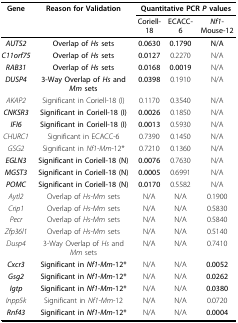
<table><thead><tr><td><b>Gene</b></td><td><b>Reason for Validation</b></td><td colspan="3"><b>Quantitative PCR <i>P </i>values</b></td></tr><tr><td></td><td></td><td><b>Coriell-18</b></td><td><b>ECACC-6</b></td><td><b><i>Nf1</i>-Mouse-12</b></td></tr></thead><tbody><tr><td><b><i>AUTS2</i></b></td><td><b>Overlap of <i>Hs </i>sets</b></td><td><b>0.0630</b></td><td><b>0.1790</b></td><td><b>N/A</b></td></tr><tr><td><b><i>C11orf75</i></b></td><td><b>Overlap of <i>Hs </i>sets</b></td><td><b>0.0127</b></td><td>0.2270</td><td>N/A</td></tr><tr><td><b><i>RAB31</i></b></td><td><b>Overlap of <i>Hs </i>sets</b></td><td><b>0.0168</b></td><td><b>0.0019</b></td><td>N/A</td></tr><tr><td><b><i>DUSP4</i></b></td><td><b>3-Way Overlap of <i>Hs </i>and <i>Mm </i>sets</b></td><td><b>0.0398</b></td><td>0.1910</td><td>N/A</td></tr><tr><td><i>AKAP2</i></td><td>Significant in Coriell-18 (I)</td><td>0.1170</td><td>0.3540</td><td>N/A</td></tr><tr><td><b><i>CNKSR3</i></b></td><td><b>Significant in Coriell-18 (I)</b></td><td><b>0.0026</b></td><td>0.1850</td><td>N/A</td></tr><tr><td><b><i>IFI6</i></b></td><td><b>Significant in Coriell-18 (I)</b></td><td><b>0.0013</b></td><td>0.5930</td><td>N/A</td></tr><tr><td><i>CHURC1</i></td><td>Significant in ECACC-6</td><td>0.7390</td><td>0.1450</td><td>N/A</td></tr><tr><td><i>GSG2</i></td><td>Significant in <i>Nf1-Mm</i>-12*</td><td>0.7210</td><td>0.1360</td><td>N/A</td></tr><tr><td><b><i>EGLN3</i></b></td><td><b>Significant in Coriell-18 (N)</b></td><td><b>0.0076</b></td><td>0.7630</td><td>N/A</td></tr><tr><td><b><i>MGST3</i></b></td><td><b>Significant in Coriell-18 (N)</b></td><td><b>0.0005</b></td><td>0.6991</td><td>N/A</td></tr><tr><td><b><i>POMC</i></b></td><td><b>Significant in Coriell-18 (N)</b></td><td><b>0.0170</b></td><td>0.5582</td><td>N/A</td></tr><tr><td><i>Aytl2</i></td><td>Overlap of <i>Hs-Mm </i>sets</td><td>N/A</td><td>N/A</td><td>0.1900</td></tr><tr><td><i>Crip1</i></td><td>Overlap of <i>Hs-Mm </i>sets</td><td>N/A</td><td>N/A</td><td>0.5830</td></tr><tr><td><i>Pecr</i></td><td>Overlap of <i>Hs-Mm </i>sets</td><td>N/A</td><td>N/A</td><td>0.5840</td></tr><tr><td><i>Zfp36l1</i></td><td>Overlap of <i>Hs-Mm </i>sets</td><td>N/A</td><td>N/A</td><td>0.5140</td></tr><tr><td><i>Dusp4</i></td><td>3-Way Overlap of <i>Hs </i>and <i>Mm </i>sets</td><td>N/A</td><td>N/A</td><td>0.7410</td></tr><tr><td><b><i>Cxcr3</i></b></td><td><b>Significant in <i>Nf1-Mm</i>-12*</b></td><td>N/A</td><td>N/A</td><td><b>0.0052</b></td></tr><tr><td><b><i>Gsg2</i></b></td><td><b>Significant in <i>Nf1-Mm</i>-12*</b></td><td>N/A</td><td>N/A</td><td><b>0.0262</b></td></tr><tr><td><b><i>Igtp</i></b></td><td><b>Significant in <i>Nf1-Mm</i>-12*</b></td><td>N/A</td><td>N/A</td><td><b>0.0380</b></td></tr><tr><td><i>Inpp5k</i></td><td>Significant in <i>Nf1-Mm</i>-12</td><td>N/A</td><td>N/A</td><td>0.0720</td></tr><tr><td><b><i>Rnf43</i></b></td><td><b>Significant in <i>Nf1-Mm</i>-12*</b></td><td>N/A</td><td>N/A</td><td><b>0.0004</b></td></tr></tbody></table>